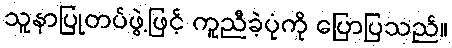
သူနာပြုတပ်ဖွဲ့ဖြင့် ကူညီခဲ့ပုံကို ပြောပြသည်။